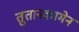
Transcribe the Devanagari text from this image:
तुतानकामेन